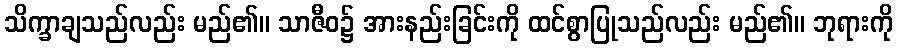
သိက္ခာချသည်လည်း မည်၏။ သာဇီဝ၌ အားနည်းခြင်းကို ထင်စွာပြုသည်လည်း မည်၏။ ဘုရားကို